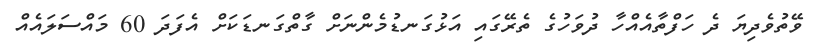
ވޭތުވެދިޔަ ދެ ހަފްތާއެއްހާ ދުވަހުގެ ތެރޭގައި އަޅުގަނޑުމެންނަށް ގާތްގަނޑަކަށް އެފަދަ 60 މައްސަލައެއް